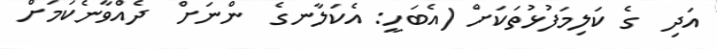
އަދި  ގެ ކަލިމަފުޅުތަކަށް (އެބަހީ: އެކަލާނގެ  ންނަށް  ދެއްވާނެކަމަށް